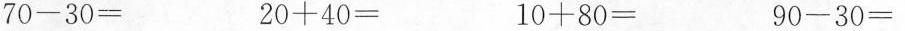
$$7 0 - 3 0 =$$ $$2 0 + 4 0 =$$ $$1 0 + 8 0 =$$ $$9 0 - 3 0 =$$